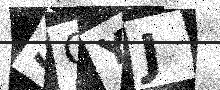
Text: SQYJ